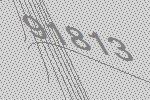
91813